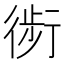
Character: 𰳬